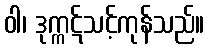
ဝါ၊ ဒုက္ကဋ်သင့်ကုန်သည်။